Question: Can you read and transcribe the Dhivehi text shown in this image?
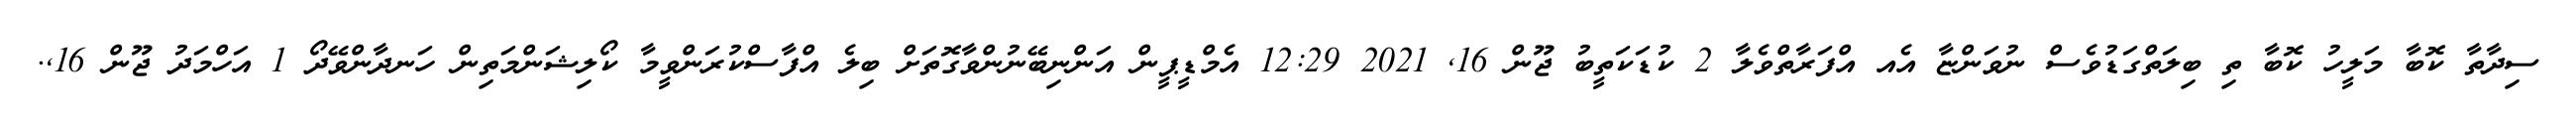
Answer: ސިދާތާ ކޮބާ މަލީހު ކޮބާ ތި ބިލަތްގަޑުވެސް ނުވަންޏާ އެއ އްފަރާތްވެލާ 2 ކުޑަކަތީބު ޖޫން 16, 2021 12:29 އެމްޑީޕީން އަންނިބޭނުންވާގޮތަށް ބިލެ އްފާސްކުރަންވީމާ ކޯލިޝަންމަތިން ހަނދާންވޭދޯ 1 އަހްމަދު ޖޫން 16,.